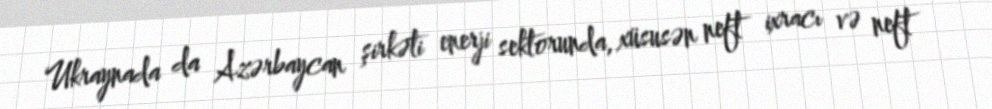
Ukraynada da Azərbaycan şirkəti enerji sektorunda, xüsusən neft ixracı və neft